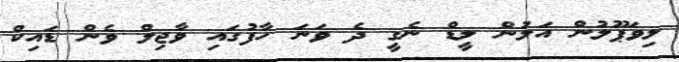
ލިވަޕޫލުން އަލުން ލީޑް ނެގީ ދެ ވަނަ ހާފުގައި ވާޖިލް ވެން ޑައިކް